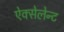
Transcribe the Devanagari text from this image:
ऐक्सेलेन्ट